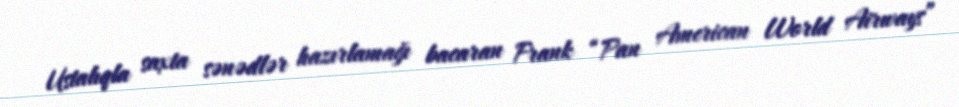
Ustalıqla saxta sənədlər hazırlamağı bacaran Frank “Pan American World Airways”